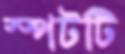
স্পটটি